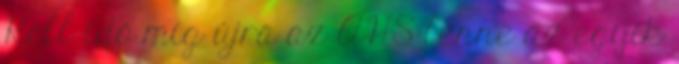
Kell idő míg újra az AHS lenne az egyik